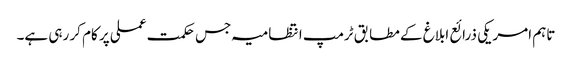
تاہم امریکی ذرائع ابلاغ کے مطابق ٹرمپ انتظامیہ جس حکمت عملی پر کام کر رہی ہے۔